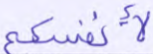
لأنفسكم